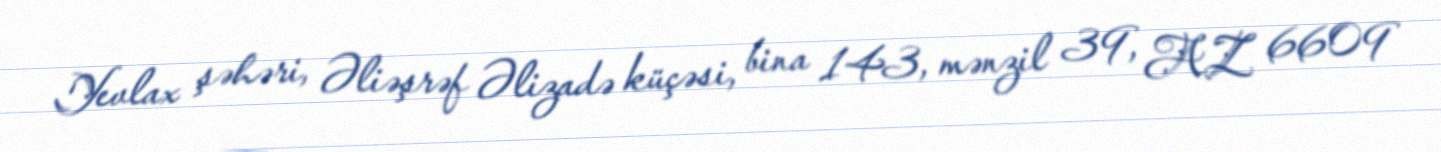
Yevlax şəhəri, Əliəşrəf Əlizadə küçəsi, bina 143, mənzil 39, AZ 6609